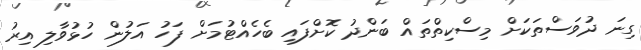
ގިނަ ދުވަސްތަކަށް މިސްކިތްތައް ބަންދު ކޮށްފައި ބެހެއްޓުމަށް ފަހު އަލުން ހުޅުވާލި އިރު